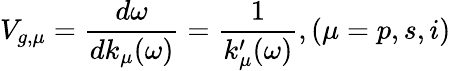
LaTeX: V_{g,\mu}=\frac{d\omega}{dk_{\mu}(\omega)}=\frac{1}{k_{\mu}^{\prime}(\omega)},(\mu=p,s,i)